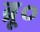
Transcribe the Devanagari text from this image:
ब्रू०